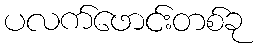
ပလက်ဖောင်းတစ်ခု